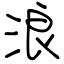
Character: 浪